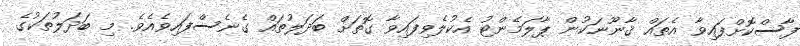
ފާސްކޮށްފައިވާ އެތައް ޤާނޫނަކުން ޕާލަމެންޓު އެކުލެވިފައިވާ ގޮތަށް ބަދަލުތައް ގެނެސްފައިވެއެވެ. މި ބަދަލުތަކުގެ